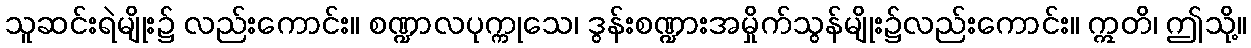
သူဆင်းရဲမျိုး၌ လည်းကောင်း။ စဏ္ဍာလပုက္ကုသေ၊ ဒွန်းစဏ္ဍားအမှိုက်သွန်မျိုး၌လည်းကောင်း။ ဣတိ၊ ဤသို့။